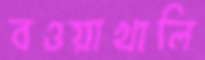
বওয়াখালি